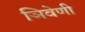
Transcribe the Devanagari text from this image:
ञिवेणी